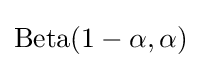
{\rm {Beta}}(1-\alpha ,\alpha )